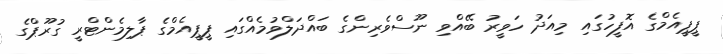
ޕީޕީއެމްގެ އޮފީހުގައި މިއަދު ހަވީރު ބޭއްވި ނޫސްވެރިންގެ ބައްދަލްވުމެއްގައި ޕީޕީއެމްގެ ޕާލިމެންޓްރީ ގުރޫޕްގެ